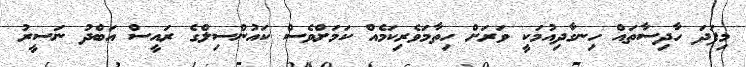
މިފަދަ ހާދިސާތައް ހިނގާދިއުމަކީ ވަރަށް ހިތާމަވެރިކަމެއް ކަމަށްވެސް ކައުންސިލްގެ ރައީސް އަބްދު ނަސީރު